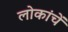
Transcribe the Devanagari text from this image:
लोकांचें